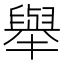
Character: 舉